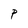
Character: P